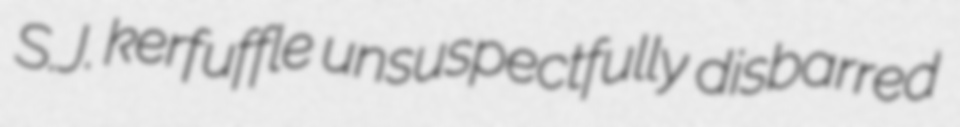
S.J. kerfuffle unsuspectfully disbarred